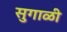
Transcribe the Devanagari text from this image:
सुगाळी